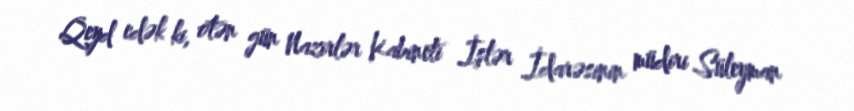
Qeyd edək ki, ötən gün Nazirlər Kabineti İşlər İdarəsinin müdiri Süleyman